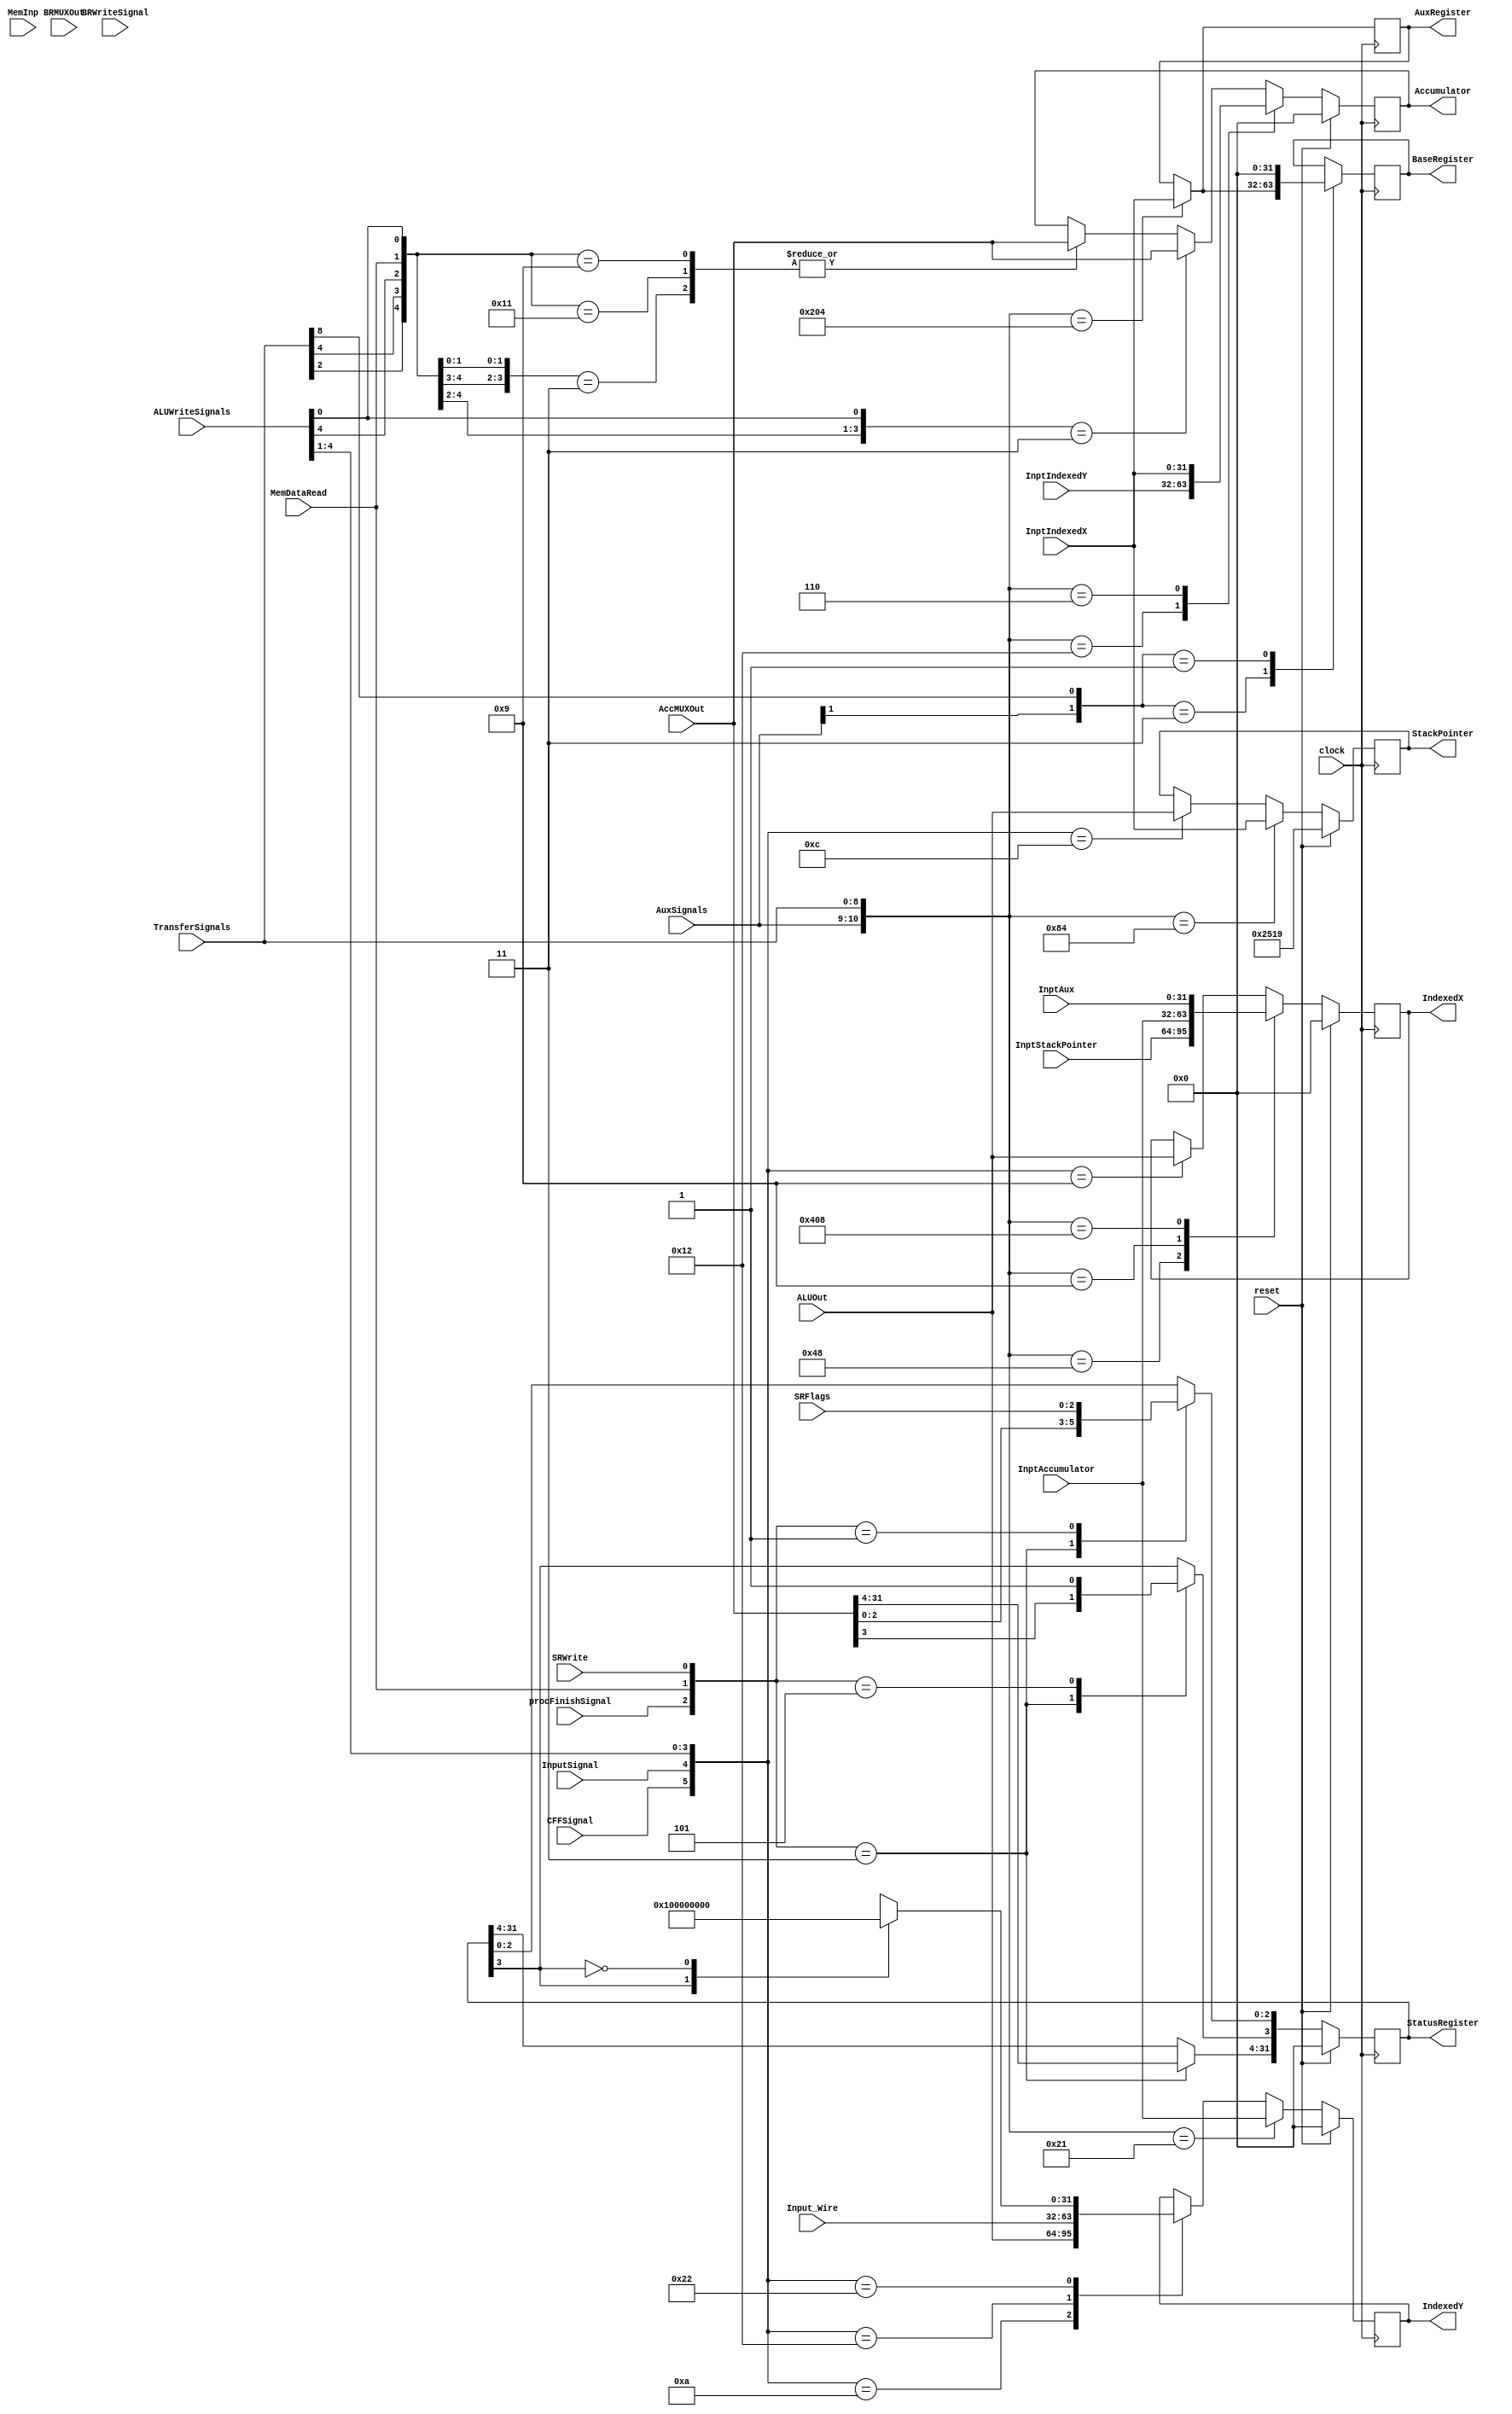
module RegWriteLogic(
	input [31:0] InptAccumulator, 
	input [31:0] InptIndexedX, 
	input [31:0] InptIndexedY, 
	input [31:0] InptStackPointer,
	input [31:0] InptAux,
	input [31:0] BRMUXOut,
	output reg [31:0] Accumulator, 
	output reg [31:0] IndexedX, 
	output reg [31:0] IndexedY, 
	output reg [31:0] StackPointer, 
	output reg [31:0] StatusRegister, 
	output reg [31:0] BaseRegister,
	output reg [31:0] AuxRegister,
	input [2:0] SRFlags, 
	input [31:0] ALUOut, 
	input [31:0] MemInp,
	input[5:0] ALUWriteSignals, 
	input [8:0] TransferSignals, 
	input SRWrite, 
	input MemDataRead,
	input [31:0] AccMUXOut,
	input [31:0] Input_Wire,
	input InputSignal,
	input BRWriteSignal,
	input CFFSignal,
	input procFinishSignal,
	input [1:0] AuxSignals,
	input clock,
	input reset);
	
	initial
	begin
		StackPointer = 32'd9497;
		BaseRegister = 32'd0;
	end
	
	always@(posedge clock)
	begin
	
		case({CFFSignal, InputSignal, ALUWriteSignals[4:1]}) //Writes on destiny register if ALURead is ON
			6'b001001: IndexedX = ALUOut; //ALURead ON,XWrite ON
			6'b001010: IndexedY = ALUOut; //ALURead ON,YWrite ON
			6'b001100: StackPointer = ALUOut; //ALURead ON, SPWrite ON
			6'b010010: IndexedY = Input_Wire; //InputInstruction, YWrite ON
			6'b100010: //CFFSignal (CPFInstruction) ON, YWrite ON
			begin
				case(StatusRegister[3]) //If PFF (ProcessFinishFlag == SR[3]) is ON -> Set Y = 1 ; Else Y = 0;
					1'b1: IndexedY = 32'd1;
					1'b0: IndexedY = 32'd0;
				endcase
			end
		endcase
		
		casex({TransferSignals[2], TransferSignals[4], ALUWriteSignals[4], MemDataRead, ALUWriteSignals[0]})
			5'b001x1: Accumulator = AccMUXOut; //Write if AccWrite ON and ALURead ON
			5'b00x11: Accumulator = AccMUXOut; //Write if AccWrite ON and MemRead ON
			5'b10001: Accumulator = AccMUXOut; //XRead ON, AccWrite ON
			5'b01001: Accumulator = AccMUXOut; //YRead ON, AccWrite ON
		endcase

		case({AuxSignals, TransferSignals})//Transfers REG1 to REG2 if signals are ON
			11'b00010000100: StackPointer = InptIndexedX; //XRead ON, SPWrite ON (TXS)
			11'b00001001000: IndexedX = InptStackPointer; //SPRead ON, XWrite ON (TSX)
			11'b00000100001: IndexedY = InptAccumulator; //AccRead ON, Ywrite ON (TAY)
			11'b00000010010: Accumulator = InptIndexedY; //YRead ON, AccWrite ON (TYA)
			11'b00000001001: IndexedX = InptAccumulator; //AccRead ON, XWrite ON (TAX)
			11'b00000000110: Accumulator = InptIndexedX; //XRead ON, AccWrite ON (TXA)
			11'b01000000100: AuxRegister = InptIndexedX; //AuxWrite ON, XRead ON
			11'b10000001000: IndexedX = InptAux; //XWrite ON, AuxRead ON
		endcase
		
		case({AuxSignals[1], TransferSignals[8]})
			2'b11: BaseRegister = AuxRegister; //BRWrite ON, AuxRead ON (TAXBR)
			2'b01: BaseRegister = 32'd0;
		endcase
		
		case({procFinishSignal, MemDataRead, SRWrite})
			3'b011: StatusRegister = AccMUXOut;
			3'b001: StatusRegister[2:0] = SRFlags;
			3'b101: StatusRegister[3] = 1;
		endcase
		
		if(reset == 1)
		begin
			Accumulator = 32'd0;
			StackPointer = 32'd9497;
			IndexedX = 32'd0;
			IndexedY = 32'd0;
			StatusRegister = 32'd0;
		end
		
	end
	
endmodule